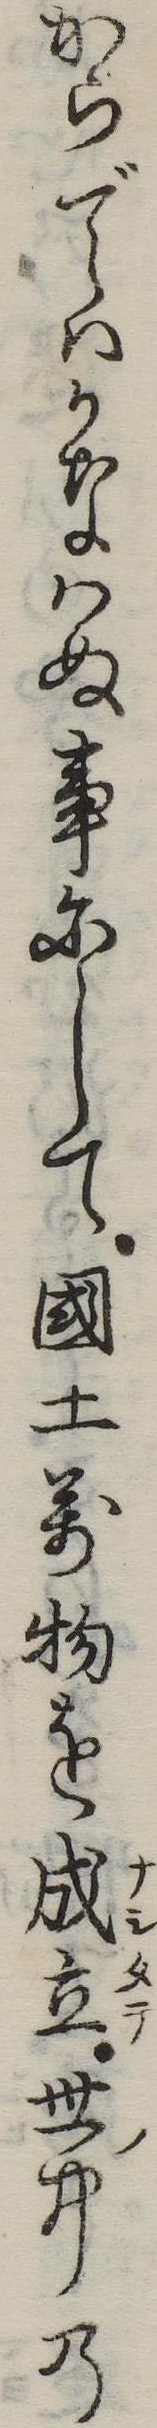
からではかなはぬ事にして国土万物を成立世中の